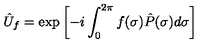
\hat { U } _ { f } = \exp \left[ - i \int _ { 0 } ^ { 2 \pi } f ( \sigma ) \hat { P } ( \sigma ) d \sigma \right]